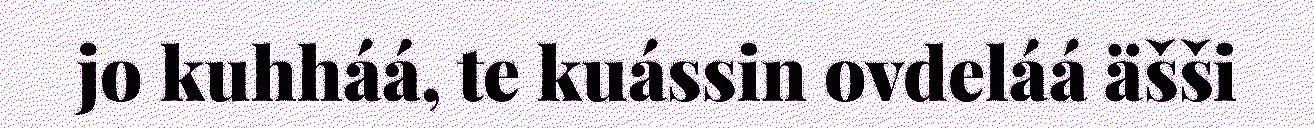
jo kuhháá, te kuássin ovdeláá äšši